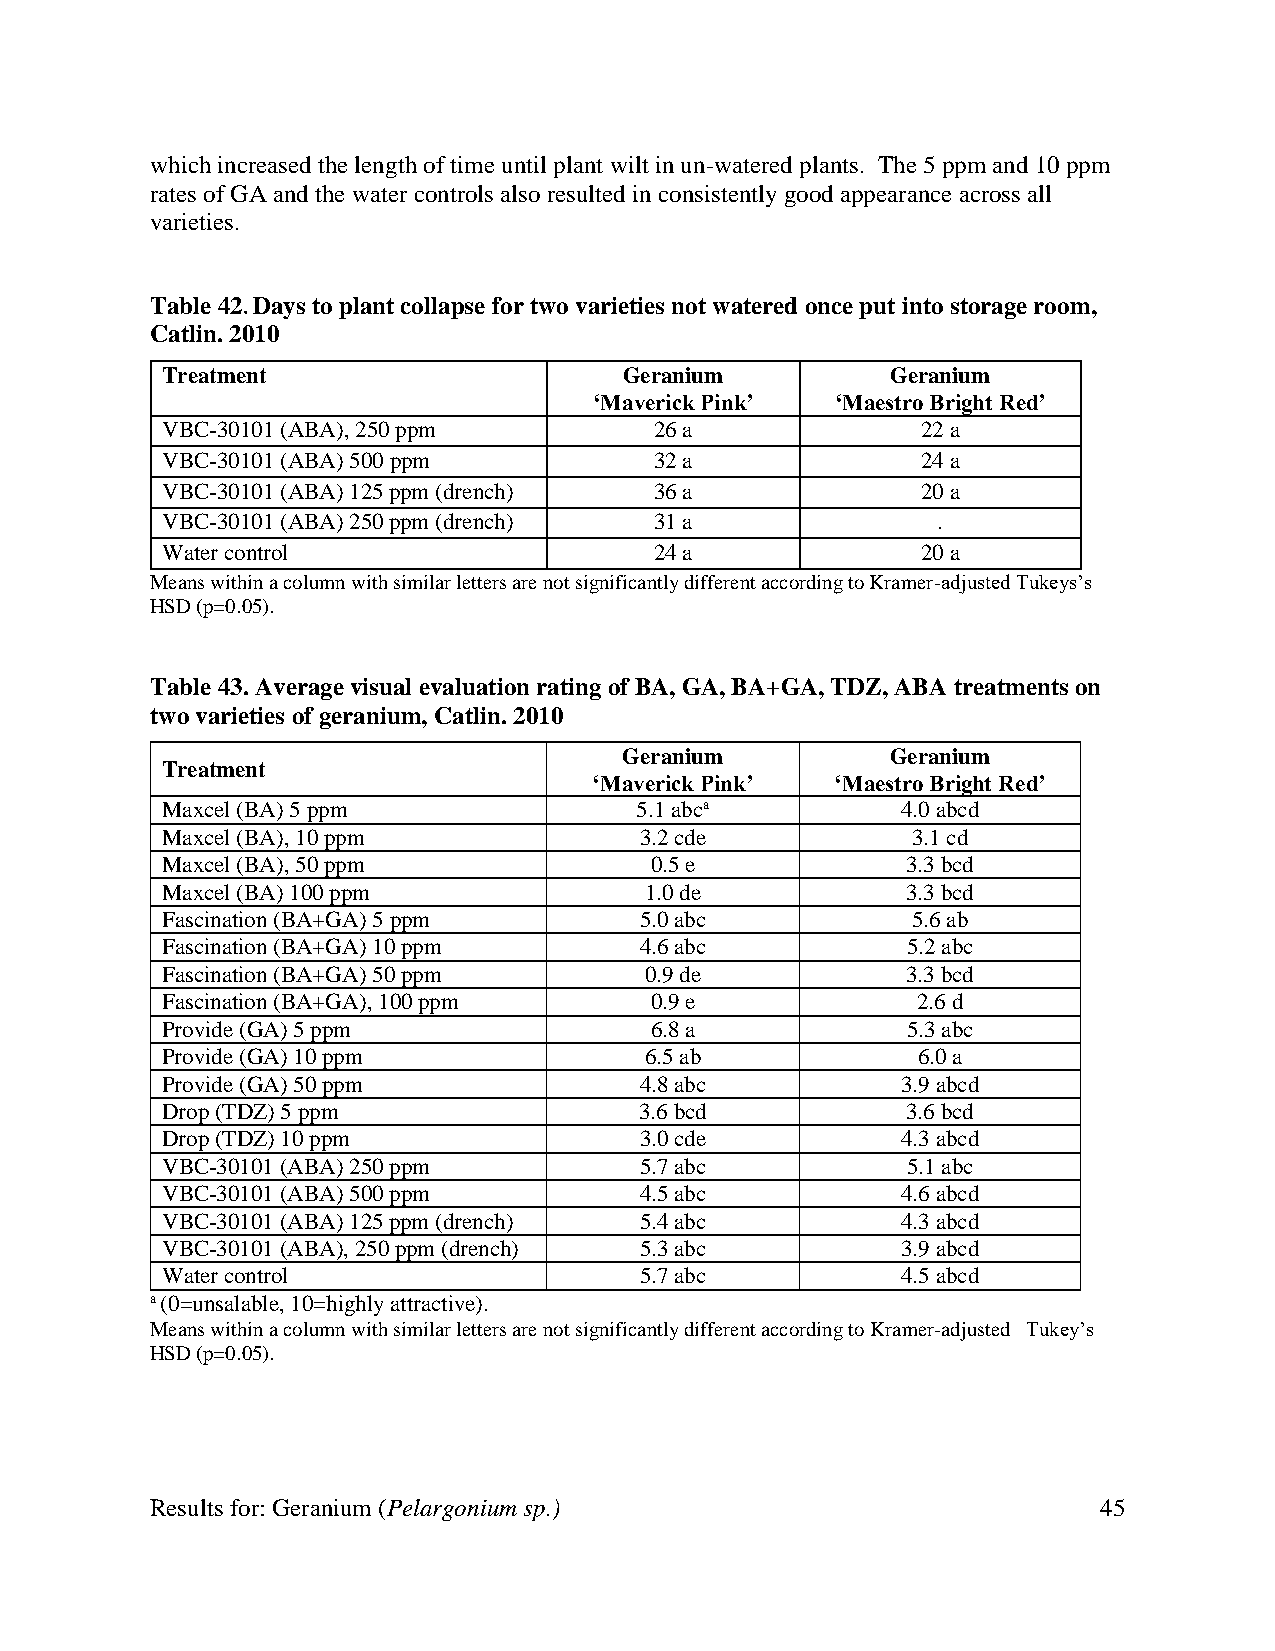
which increased the length of time until plant wilt in un-watered plants. The 5 ppm and 10 ppm
 rates of GA and the water controls also resulted in consistently good appearance across all
 varieties.
 Table 42. Days to plant collapse for two varieties not watered once put into storage room,
 Catlin. 2010
 Treatment                     Geranium          Geranium
 ‘Maverick Pink’ ‘Maestro Bright Red’
 VBC-30101 (ABA), 250 ppm        26 a              22 a
 VBC-30101 (ABA) 500 ppm         32 a              24 a
 VBC-30101 (ABA) 125 ppm (drench) 36 a             20 a
 VBC-30101 (ABA) 250 ppm (drench) 31 a              .
 Water control                   24 a              20 a
 Means within a column with similar letters are not significantly different according to Kramer-adjusted Tukeys’s
 HSD (p=0.05).
 Table 43. Average visual evaluation rating of BA, GA, BA+GA, TDZ, ABA treatments on
 two varieties of geranium, Catlin. 2010
 Geranium          Geranium
 Treatment
 ‘Maverick Pink’ ‘Maestro Bright Red’
 Maxcel (BA) 5 ppm              5.1 abca          4.0 abcd
 Maxcel (BA), 10 ppm            3.2 cde           3.1 cd
 Maxcel (BA), 50 ppm             0.5 e            3.3 bcd
 Maxcel (BA) 100 ppm             1.0 de           3.3 bcd
 Fascination (BA+GA) 5 ppm      5.0 abc           5.6 ab
 Fascination (BA+GA) 10 ppm     4.6 abc           5.2 abc
 Fascination (BA+GA) 50 ppm      0.9 de           3.3 bcd
 Fascination (BA+GA), 100 ppm    0.9 e             2.6 d
 Provide (GA) 5 ppm              6.8 a            5.3 abc
 Provide (GA) 10 ppm             6.5 ab            6.0 a
 Provide (GA) 50 ppm            4.8 abc           3.9 abcd
 Drop (TDZ) 5 ppm               3.6 bcd           3.6 bcd
 Drop (TDZ) 10 ppm              3.0 cde           4.3 abcd
 VBC-30101 (ABA) 250 ppm        5.7 abc           5.1 abc
 VBC-30101 (ABA) 500 ppm        4.5 abc           4.6 abcd
 VBC-30101 (ABA) 125 ppm (drench) 5.4 abc         4.3 abcd
 VBC-30101 (ABA), 250 ppm (drench) 5.3 abc        3.9 abcd
 Water control                  5.7 abc           4.5 abcd
 a (0=unsalable, 10=highly attractive).
 Means within a column with similar letters are not significantly different according to Kramer-adjusted Tukey’s
 HSD (p=0.05).
 Results for: Geranium (Pelargonium sp.)                        45